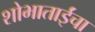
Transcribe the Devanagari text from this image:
शोभाताईंचा